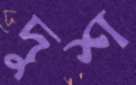
দুশ